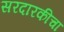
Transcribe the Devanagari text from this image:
सरदारकीचा